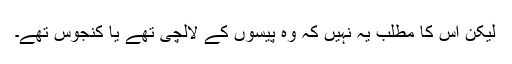
لیکن اس کا مطلب یہ نہیں کہ وہ پیسوں کے لالچی تھے یا کنجوس تھے۔